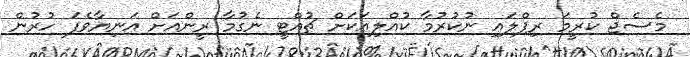
މެސެޖް ކުރީމަ ރިޕްލައި ނުކުރުމާ ކުއްލިއަކަށް ޗުއްޓީ ނެގުމާ ރީންއަށް އަނިޔާވެފަ ހުރުން